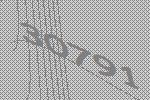
30791